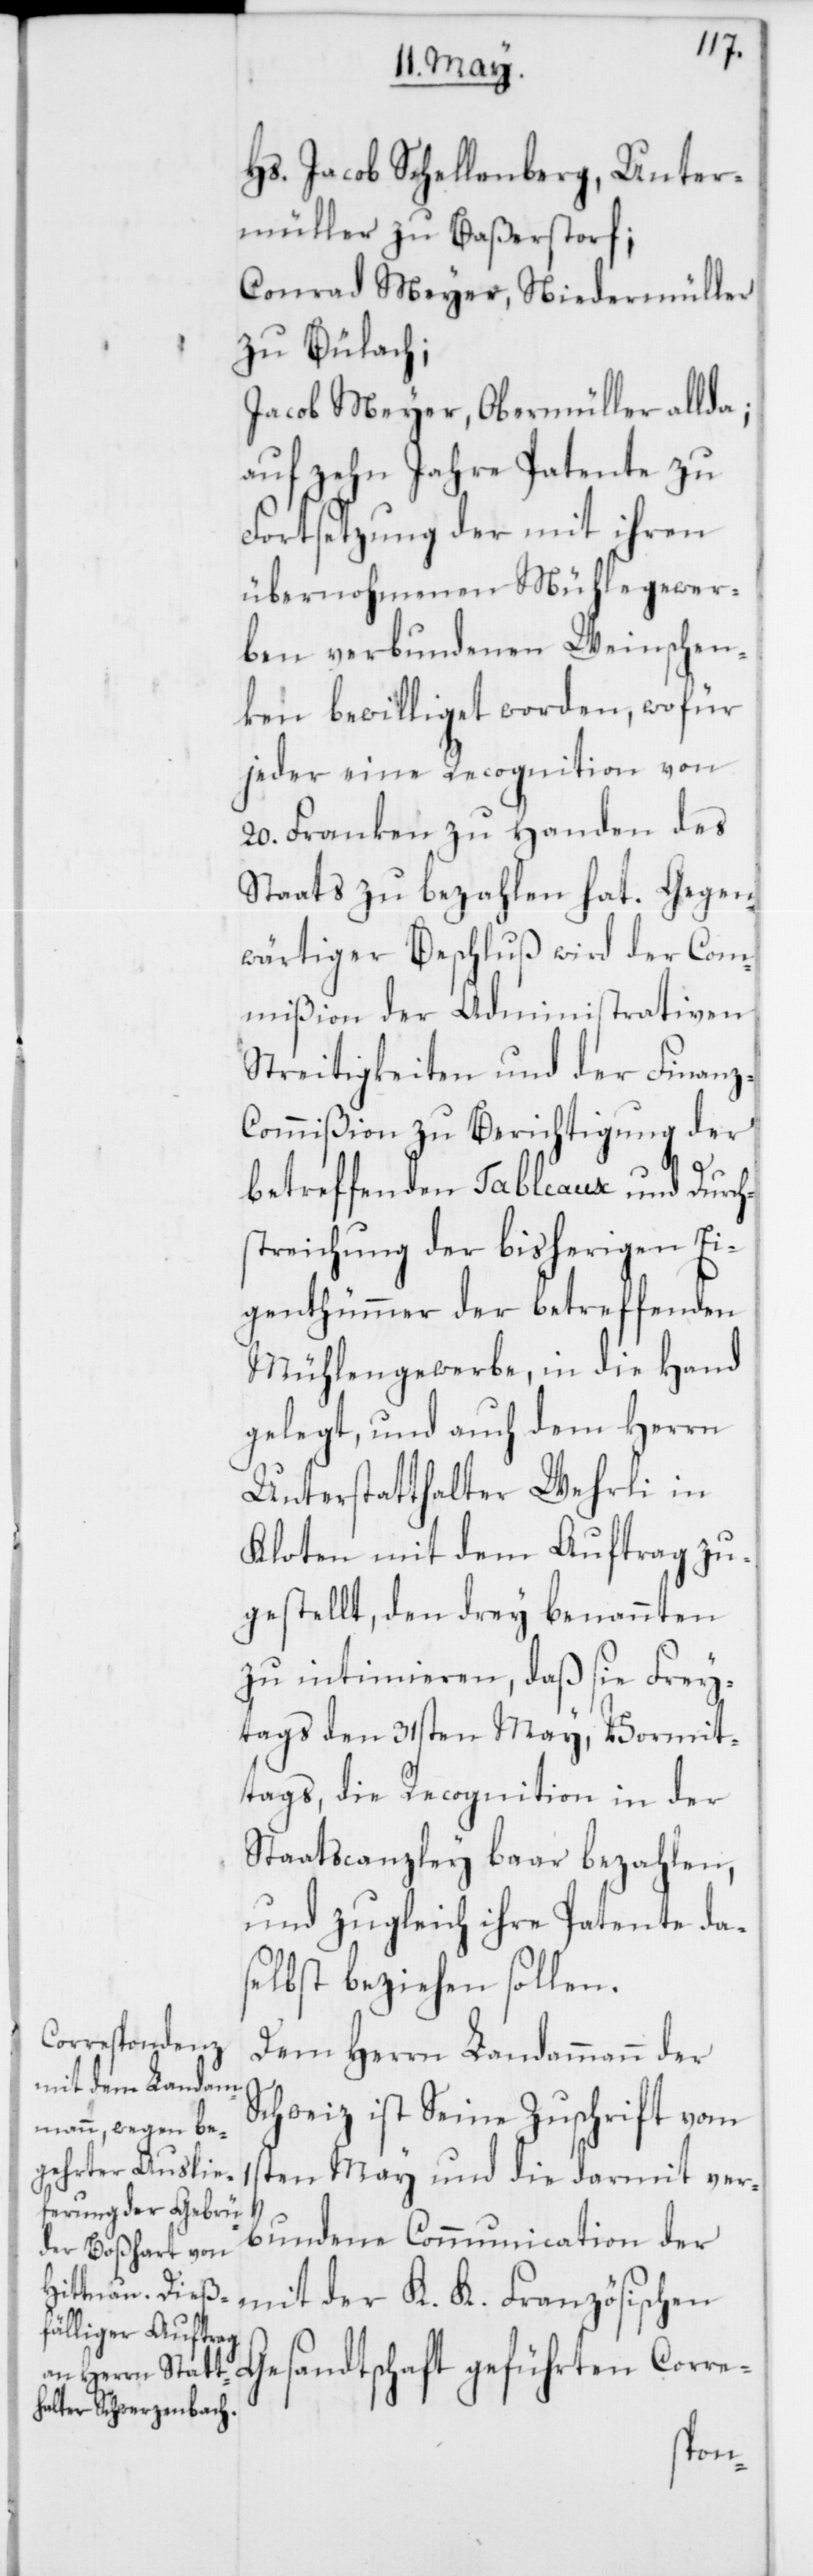
1s¬
Hs. Jacob Schellenberg, Unter¬
müller zu Baßerstorf;
Conrad Meyer, Niedermüller
zu Bülach;
Jacob Meyer, Obermüller allda;
auf zehn Jahre Patente zu
Fortsetzung der mit ihren
übernohmenen Mühlegewer¬
ben verbundenen Weinschen¬
ken bewilliget worden, wofür
jeder eine Recognition von
20. Franken zu Handen des
Staats zu bezahlen hat. Gegen¬
wärtiger Beschluß wird der Com¬
mißion der Administrativen
Streitigkeiten und der Finanz-C¬
ommißion zu Berichtigung der
betreffenden Tableaux und Durch¬
streichung der bisherigen Ei¬
genthümmer der betreffenden
Mühlengewerbe, in die Hand
gelegt, und auch dem Herrn
Unterstatthalter Wehrli in
Kloten mit dem Auftrag zu¬
gestellt, den drey benannten
zu intimieren, daß sie Frey¬
tags den 31sten May, Vormit¬
tags, die Recognition in der
Staatscanzley baar bezahlen,
und zugleich ihre Patente das¬
elbst beziehen sollen.
Dem Herrn Landammann der
Schweiz ist Seine Zuschrift vom
ten May und die darmit ver¬
bundene Communication der
mit der K. K. Französischen